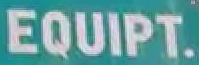
equipt.